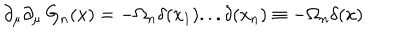
\partial _ { \mu } \partial _ { \mu } \, G _ { n } ( x ) = - \Omega _ { n } \delta ( x _ { 1 } ) . . . \delta ( x _ { n } ) \equiv - \Omega _ { n } \delta ( x )